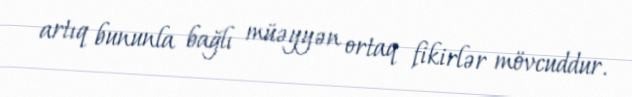
artıq bununla bağlı müəyyən ortaq fikirlər mövcuddur.